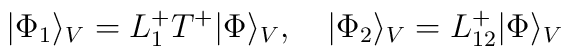
|\Phi_1\rangle_V= L_1^+T^+|\Phi\rangle_V, \quad |\Phi_2\rangle_V=L_{12}^+|\Phi\rangle_V